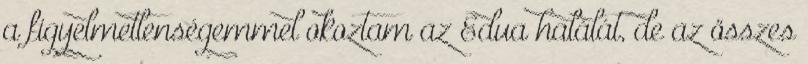
a figyelmetlenségemmel okoztam az Edua halálát, de az összes